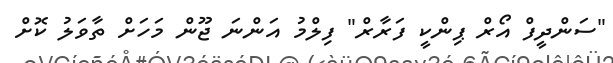
"ސަންދީފް އޯރް ޕިންކީ ފަރާރް" ފިލްމު އަންނަ ޖޫން މަހަށް ތާވަލު ކޮށް